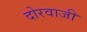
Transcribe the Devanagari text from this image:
दोरवाजी